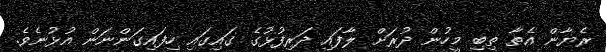
ރެޔާން އެތާ ތިބި މީހުން ދުރަށް ލާފައި ދަރިފުޅުގެ ގައިގައި ހިފައިގަންނަން އުޅުނެވެ.